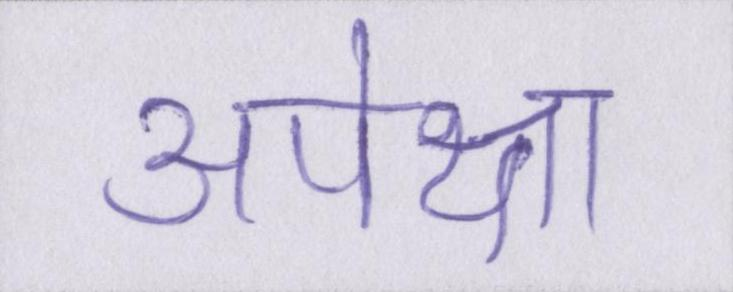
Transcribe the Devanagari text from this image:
अपेक्षा